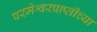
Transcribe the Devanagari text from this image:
परमेश्वरप्राप्तीच्या